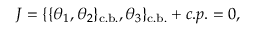
J = \{ \{ \theta _ { 1 } , \theta _ { 2 } \} _ { \mathrm { c . b . } } , \theta _ { 3 } \} _ { \mathrm { c . b . } } + c . p . = 0 ,